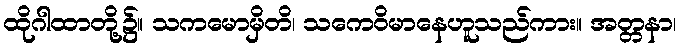
ထိုဂါထာတို့၌။ သကမောမှိတိ၊ သကေဝိမာနေဟူသည်ကား။ အတ္တနာ၊